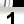
Digit: 1